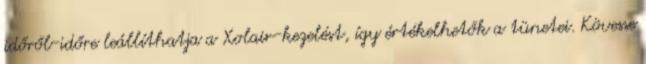
időről-időre leállíthatja a Xolair-kezelést, így értékelhetők a tünetei. Kövesse